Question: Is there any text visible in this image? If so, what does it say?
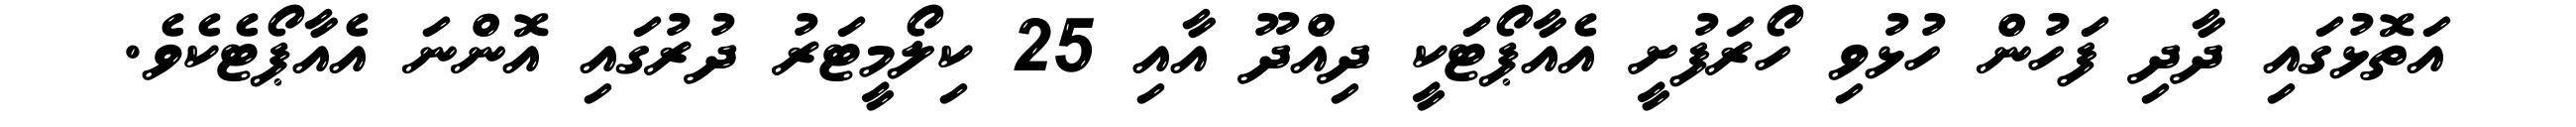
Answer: އަތޮޅުގައި ދާދި ފަހުން ހުޅުވި ހޯރަފުށީ އެއާޕޯޓަކީ ދިއްދޫ އާއި 25 ކިލޯމީޓަރު ދުރުގައި އޮންނަ އެއާޕޯޓެކެވެ.